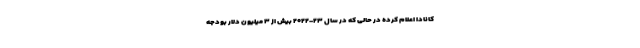
کانادا اعلام کرده در حالی که در سال ۲۳-۲۰۲۲ بیش از ۳ میلیون دلار بودجه